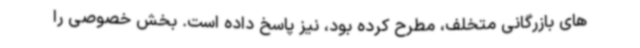
های بازرگانی متخلف، مطرح کرده بود، نیز پاسخ داده است. بخش خصوصی را